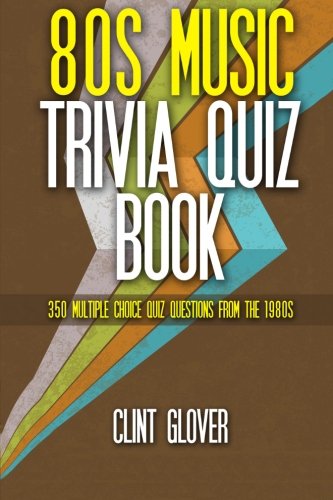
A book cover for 80s Music Trivia Quiz Book: 350 Multiple Choice Quiz Questions from the 1980s (Music Trivia Quiz Book - 1980s Music Trivia) (Volume 3); Clint Glover; Humor & Entertainment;